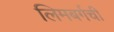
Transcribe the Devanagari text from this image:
लिमबर्गची